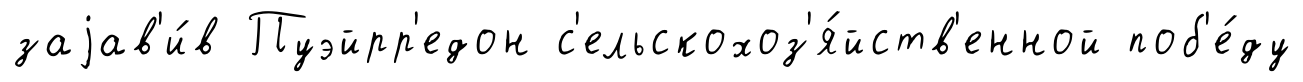
заjав'и́в Пуэйрр'едон с'ельскохоз'я́йств'енной поб'е́ду